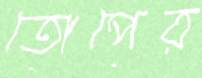
তোপের